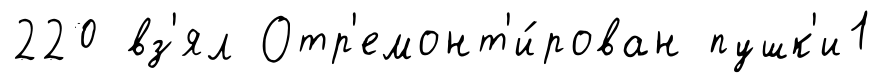
220 вз'ял Отр'емонт'и́рован пушк'и1